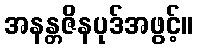
အနန္တဇိနပုဒ်အဖွင့်။